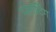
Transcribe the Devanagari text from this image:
प्लॉटिंग